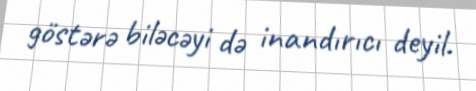
göstərə biləcəyi də inandırıcı deyil.